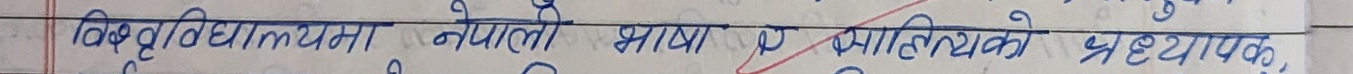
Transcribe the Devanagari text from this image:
विश्वविद्यालयमा नेपाली भाषा र साहित्यको अध्यापक,